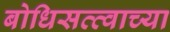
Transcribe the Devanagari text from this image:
बोधिसत्त्वाच्या